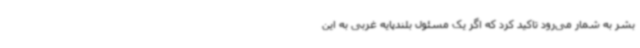
بشر به شمار می‌رود تاکید کرد که اگر یک مسئول بلندپایه غربی به این